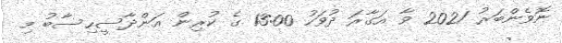
ނޮވެންބަރު 2021 ވާ އަގާރަ ދުވަހު 13:00 ގެ ކުރިން އަންދާސީހިސާބު މި